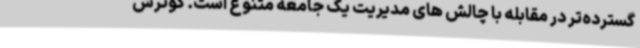
گسترده‌تر در مقابله با چالش های مدیریت یک جامعه متنوع است. گوترش